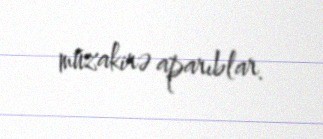
müzakirə aparıblar.